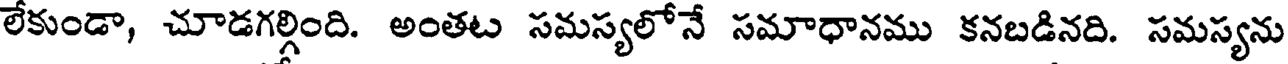
లేకుండా, చూడగల్గింది. అంతట సమస్యలోనే సమాధానము కనబడినది. సమస్యను